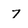
Character: 7